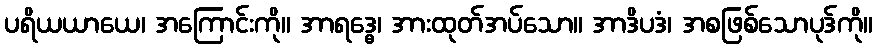
ပရိယယာယေ၊ အကြောင်းကို။ အာရဒ္ဓေ၊ အားထုတ်အပ်သော။ အာဒိပဒံ၊ အစဖြစ်သောပုဒ်ကို။